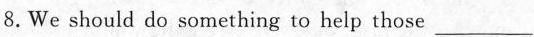
8. We should do something to help those ___